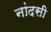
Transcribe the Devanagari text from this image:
नांदसी